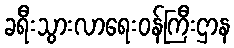
ခရီးသွားလာရေးဝန်ကြီးဌာန